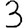
Digit: 3